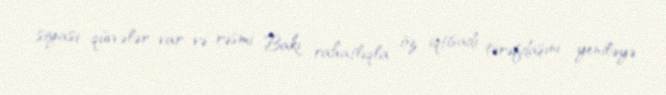
siyasi qüvvələr var və rəsmi Bakı rahatlıqla öz iqtisadi tərəfdaşını yeniləyə